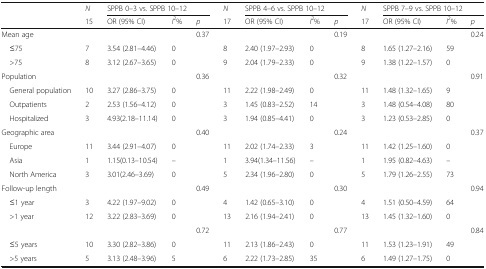
<table><thead><tr><td rowspan="2"></td><td><b><i>N</i></b></td><td colspan="3"><b>SPPB 0–3 vs. SPPB 10–12</b></td><td><b><i>N</i></b></td><td colspan="3"><b>SPPB 4–6 vs. SPPB 10–12</b></td><td><b><i>N</i></b></td><td colspan="3"><b>SPPB 7–9 vs. SPPB 10–12</b></td></tr><tr><td><b>15</b></td><td><b>OR (95% CI)</b></td><td><b><i>I</i><sup>2</sup>%</b></td><td><b><i>p</i></b></td><td><b>17</b></td><td><b>OR (95% CI)</b></td><td><b><i>I</i><sup>2</sup>%</b></td><td><b><i>p</i></b></td><td><b>17</b></td><td><b>OR (95% CI)</b></td><td><b><i>I</i><sup>2</sup>%</b></td><td><b><i>p</i></b></td></tr></thead><tbody><tr><td>Mean age</td><td></td><td></td><td></td><td>0.37</td><td></td><td></td><td></td><td>0.19</td><td></td><td></td><td></td><td>0.24</td></tr><tr><td> ≤75</td><td>7</td><td>3.54 (2.81–4.46)</td><td>0</td><td></td><td>8</td><td>2.40 (1.97–2.93)</td><td>0</td><td></td><td>8</td><td>1.65 (1.27–2.16)</td><td>59</td><td></td></tr><tr><td> &gt;75</td><td>8</td><td>3.12 (2.67–3.65)</td><td>0</td><td></td><td>9</td><td>2.04 (1.79–2.33)</td><td>0</td><td></td><td>9</td><td>1.38 (1.22–1.57)</td><td>0</td><td></td></tr><tr><td>Population</td><td></td><td></td><td></td><td>0.36</td><td></td><td></td><td></td><td>0.32</td><td></td><td></td><td></td><td>0.91</td></tr><tr><td> General population</td><td>10</td><td>3.27 (2.86–3.75)</td><td>0</td><td></td><td>11</td><td>2.22 (1.98–2.49)</td><td>0</td><td></td><td>11</td><td>1.48 (1.32–1.65)</td><td>9</td><td></td></tr><tr><td> Outpatients</td><td>2</td><td>2.53 (1.56–4.12)</td><td>0</td><td></td><td>3</td><td>1.45 (0.83–2.52)</td><td>14</td><td></td><td>3</td><td>1.48 (0.54–4.08)</td><td>80</td><td></td></tr><tr><td> Hospitalized</td><td>3</td><td>4.93(2.18–11.14)</td><td>0</td><td></td><td>3</td><td>1.94 (0.85–4.41)</td><td>0</td><td></td><td>3</td><td>1.23 (0.53–2.85)</td><td>0</td><td></td></tr><tr><td>Geographic area</td><td></td><td></td><td></td><td>0.40</td><td></td><td></td><td></td><td>0.24</td><td></td><td></td><td></td><td>0.37</td></tr><tr><td> Europe</td><td>11</td><td>3.44 (2.91–4.07)</td><td>0</td><td></td><td>11</td><td>2.02 (1.74–2.33)</td><td>3</td><td></td><td>11</td><td>1.42 (1.25–1.60)</td><td>0</td><td></td></tr><tr><td> Asia</td><td>1</td><td>1.15(0.13–10.54)</td><td>–</td><td></td><td>1</td><td>3.94(1.34–11.56)</td><td>–</td><td></td><td>1</td><td>1.95 (0.82–4.63)</td><td>–</td><td></td></tr><tr><td> North America</td><td>3</td><td>3.01(2.46–3.69)</td><td>0</td><td></td><td>5</td><td>2.34 (1.96–2.80)</td><td>0</td><td></td><td>5</td><td>1.79 (1.26–2.55)</td><td>73</td><td></td></tr><tr><td>Follow-up length</td><td></td><td></td><td></td><td>0.49</td><td></td><td></td><td></td><td>0.30</td><td></td><td></td><td></td><td>0.94</td></tr><tr><td> ≤1 year</td><td>3</td><td>4.22 (1.97–9.02)</td><td>0</td><td></td><td>4</td><td>1.42 (0.65–3.10)</td><td>0</td><td></td><td>4</td><td>1.51 (0.50–4.59)</td><td>64</td><td></td></tr><tr><td> &gt;1 year</td><td>12</td><td>3.22 (2.83–3.69)</td><td>0</td><td></td><td>13</td><td>2.16 (1.94–2.41)</td><td>0</td><td></td><td>13</td><td>1.45 (1.32–1.60)</td><td>0</td><td></td></tr><tr><td></td><td></td><td></td><td></td><td>0.72</td><td></td><td></td><td></td><td>0.77</td><td></td><td></td><td></td><td>0.84</td></tr><tr><td> ≤5 years</td><td>10</td><td>3.30 (2.82–3.86)</td><td>0</td><td></td><td>11</td><td>2.13 (1.86–2.43)</td><td>0</td><td></td><td>11</td><td>1.53 (1.23–1.91)</td><td>49</td><td></td></tr><tr><td> &gt;5 years</td><td>5</td><td>3.13 (2.48–3.96)</td><td>5</td><td></td><td>6</td><td>2.22 (1.73–2.85)</td><td>35</td><td></td><td>6</td><td>1.49 (1.27–1.75)</td><td>0</td><td></td></tr></tbody></table>